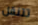
تتنقل